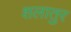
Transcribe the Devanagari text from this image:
शलातुर